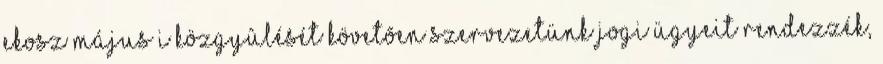
EKOSZ május i közgyûlését követõen szervezetünk jogi ügyeit rendezzék,